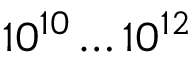
1 0 ^ { 1 0 } \ldots 1 0 ^ { 1 2 }